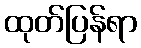
ထုတ်ပြန်ရာ